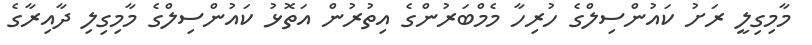
މާމިގިލީ ރަށު ކައުންސިލްގެ ހުރިހާ މެމްބަރުންގެ އިތުރުން އަތޮޅު ކައުންސިލްގެ މާމިގިލި ދާއިރާގެ